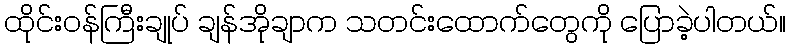
ထိုင်းဝန်ကြီးချုပ် ချန်အိုချာက သတင်းထောက်တွေကို ပြောခဲ့ပါတယ်။